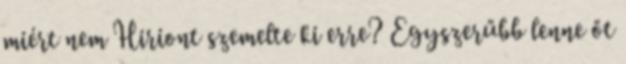
miért nem Hiriont szemelte ki erre? Egyszerűbb lenne őt